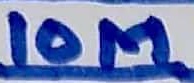
Text: 10M